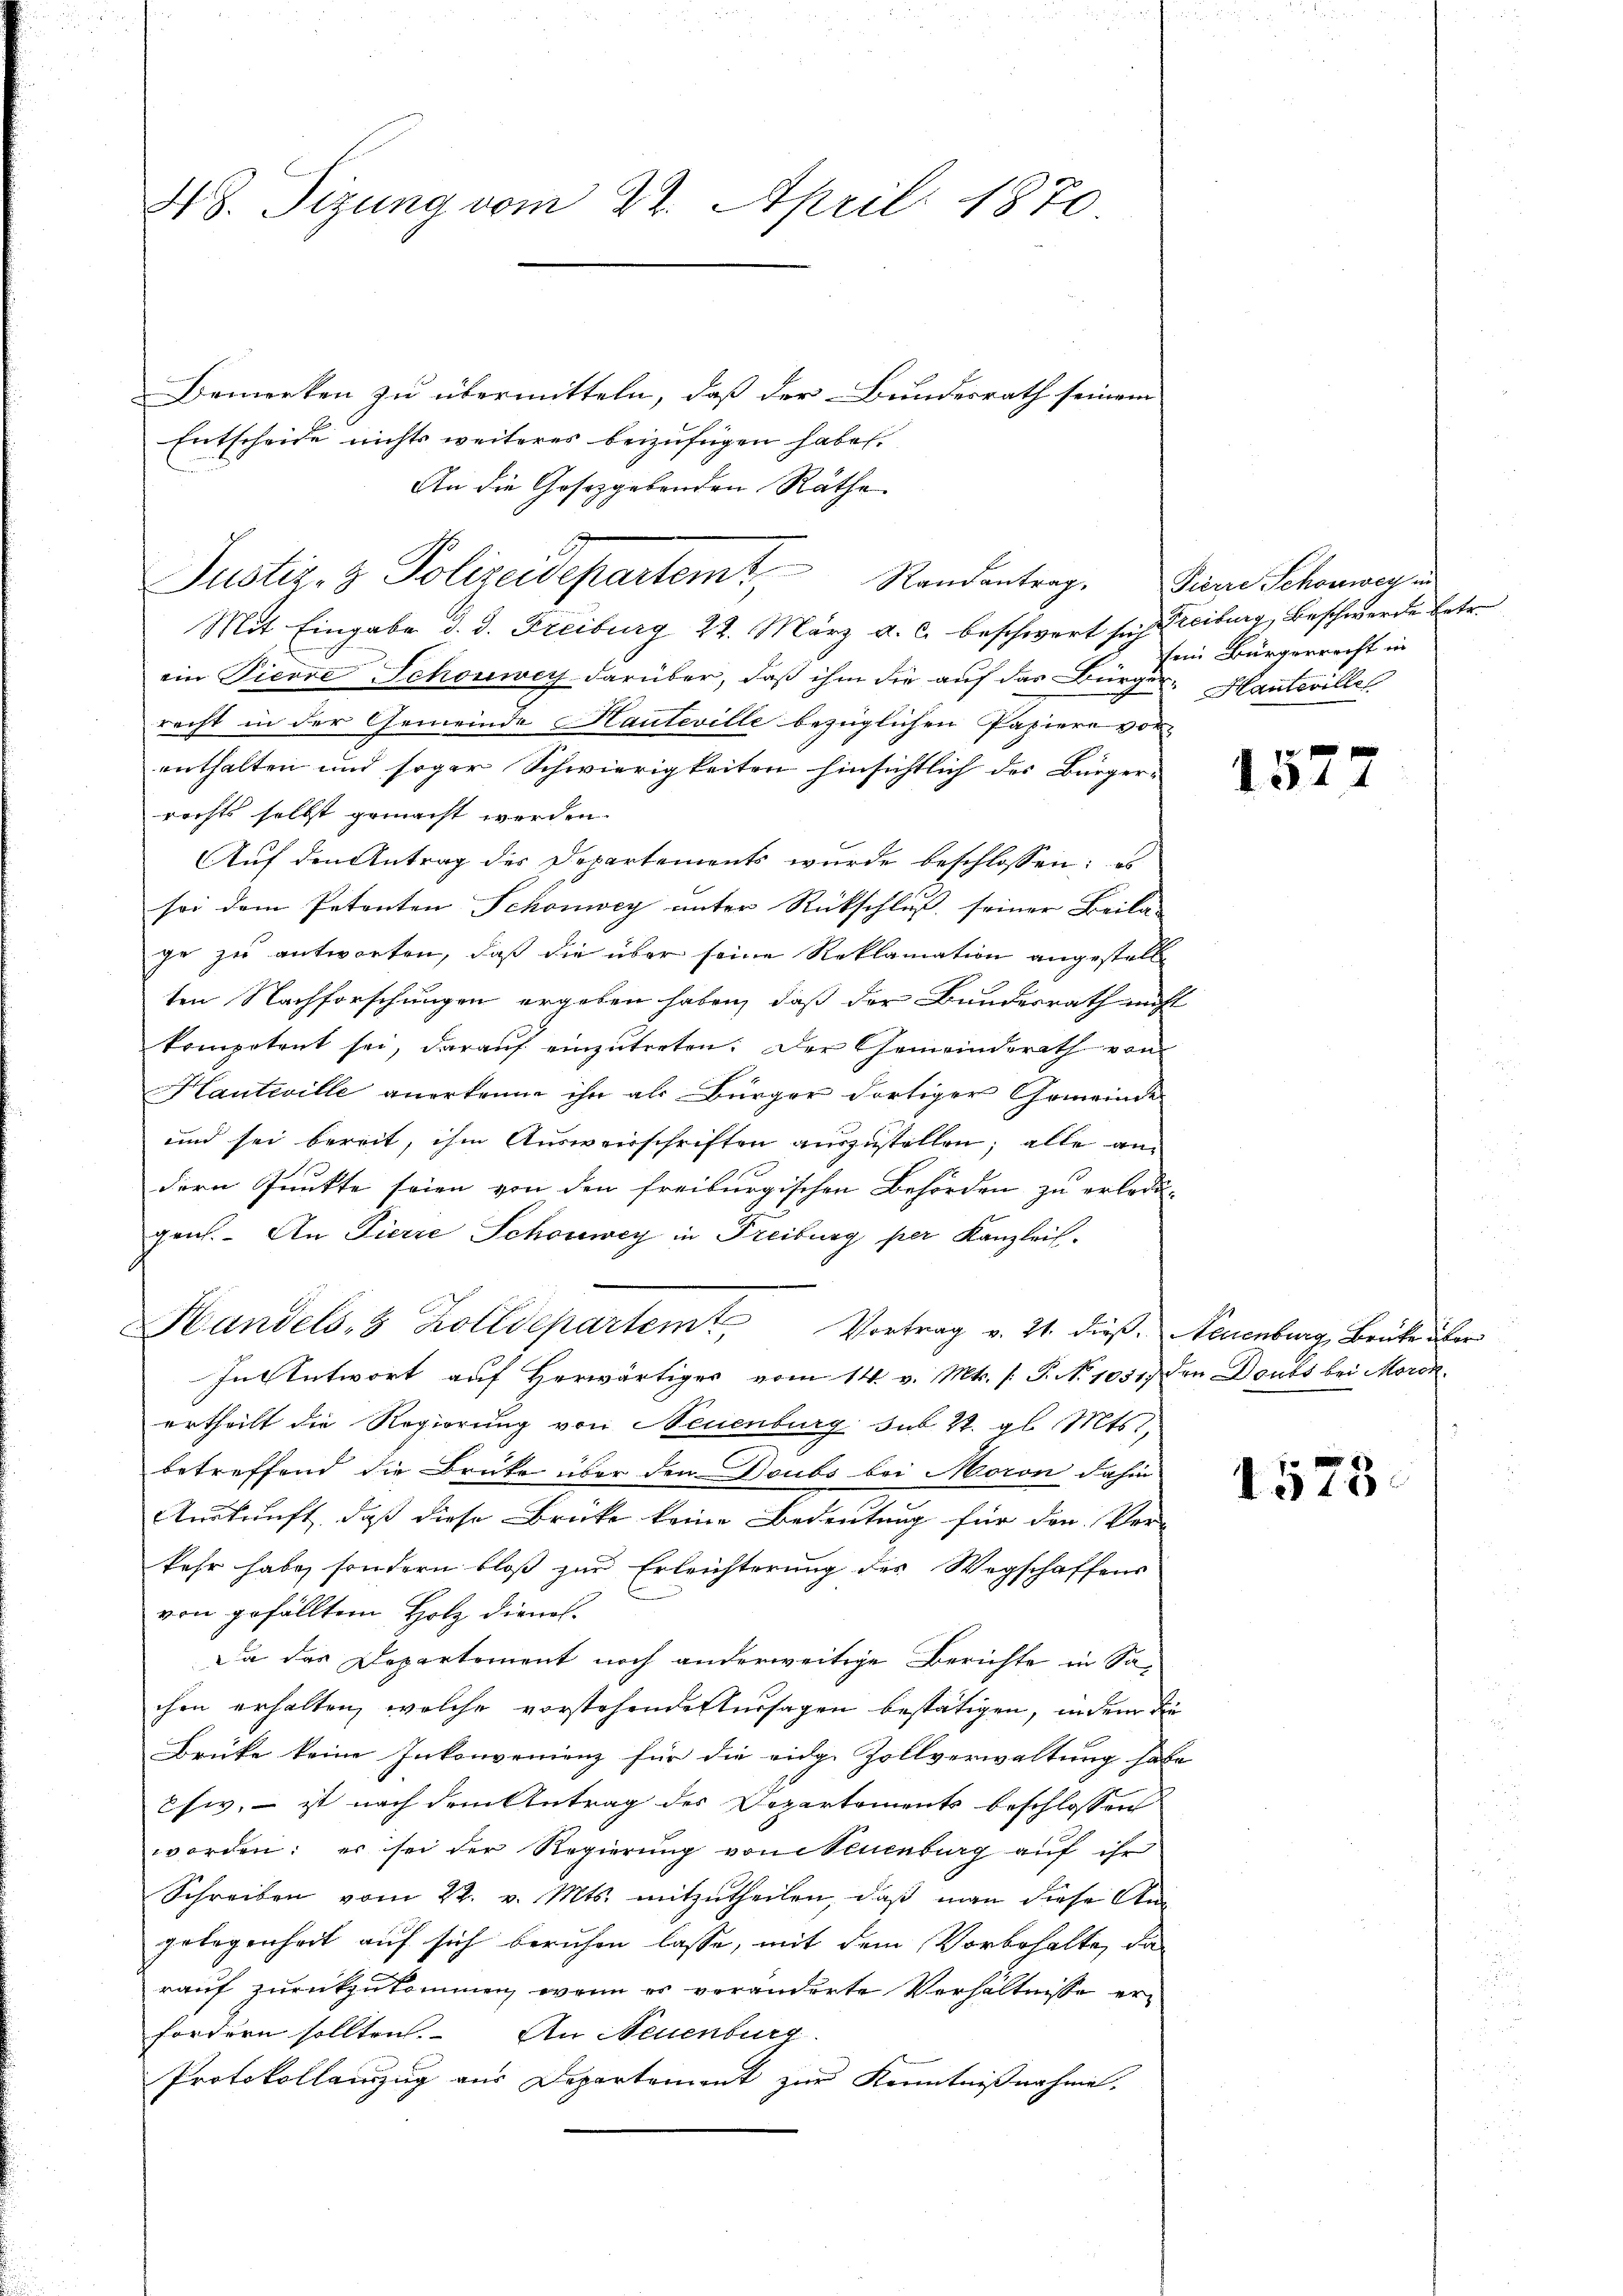
418. Sizung vom 22. April 1870

Bemerken zu übermitteln, daß der Bundesrath seinem
Entscheide nichts weiteres beizufügen habe.
An die Gesetzgebenden Räthe
Justiz- & Polizeidepartemt,
Randantrag.

Handels, 8 Zolldepartem Vortrag v. 21. dieß. Neuenburg, Brüke über

Mit Eingabe d. d. Freiburg 22. März a. c. beschwert sich Freiburg, Beschwerde betr.
ein Pierre Schönwey darüber, daß ihm die auf das Bürger-Hanteille
recht in der Gemeinde Hauteville bezüglichen Pasiere vor-
enthalten und sogar Schwierigkeiten hinsichtlich des Bürgerrechts selbst gemacht werden.
Auf den Antrag des Departements wurde beschlossen: es
sei dem Petenten Schönwey unter Rückschluß seiner Beilan
ge zu antworten, daß die über seine Reklamation angestellten Nachforschungen ergeben haben, daß der Bundesrath nicht
kompetent sei, daraŭf einzŭtreten. Der Gemeinderath von
Hautwille anerkenne ihn als Bürger dortiger Gemeinde
und sei bereit, ihm Ausweisschriften auszustellen; alle andern Punkte seien von den freiburgischen Behörden zu erledigen. An Pierre Schönwey in Freiburg per Kanzlei.
In Antwort auf Herwärtiger vom 14. v. Mts. /: P. No. 1051. den Doubs bei Morckertheilt die Regierung von Neuenburg sub. 2. gl. Mts.,
betreffend die Brücke über den Doubs bei Moron, dahin
Auskunft, daß diese Brücke keine Bedeutung für den Ver-
kehr habe, sondern bloß zur Erleichterung des Wegschaffens
von gefällten Holz dienel.
Da das Departement noch anderweitige Berichte in Sachen erhalten, welche vorstehendestersagen bestätigen, indem die
Brüke keine Inkonvenienz für die eidg. Zollverwaltung habe
Esiv, – ist nach dem Antrag des Departements beschlossen
worden: er sei der Regierung von Neuenburg auf ihr
Schreiben vom 22. v. Mts. mitzŭtheilen, daβ man diese An-
gelegenheit auf sich beruhen lasse, mit dem Vorbehalte, da
rauf zurückzukommen, wenn er veränderte Verhältnisse erfordern sollten. An Neuenburg
Protokollauszug aus Departement zur Kenntnißnahme.

Pierre Schönweg in
sein Bürgerrecht in

157

1575